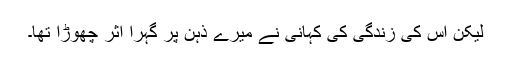
لیکن اس کی زندگی کی کہانی نے میرے ذہن پر گہرا اثر چھوڑا تھا۔